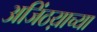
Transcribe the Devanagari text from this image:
अजिंठय़ाच्या